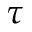
\tau